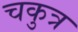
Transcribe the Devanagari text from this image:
चकुत्र